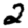
Digit: 2